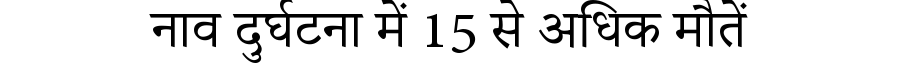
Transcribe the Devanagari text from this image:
नाव दुर्घटना में 15 से अधिक मौतें